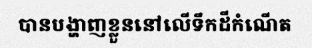
បានបង្ហាញខ្លួននៅលើទឹកដីកំណើត